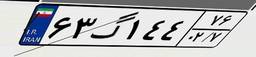
۶۳گ۱۴۴۷۶